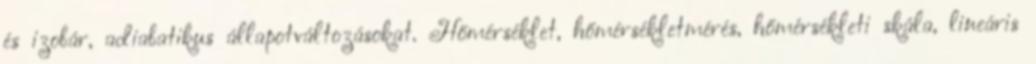
és izobár, adiabatikus állapotváltozásokat. Hőmérséklet, hőmérsékletmérés, hőmérsékleti skála, lineáris